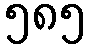
၅၈၅